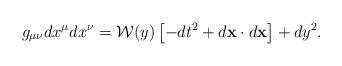
LaTeX: \begin{align*}g_{\mu\nu}dx^{\mu}dx^{\nu}={\cal W}(y)\left[-dt^2+d{\bf x}\cdot d{\bf x}\right]+dy^2.\end{align*}